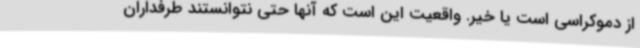
از دموکراسی است یا خیر. واقعیت این است که آنها حتی نتوانستند طرفداران